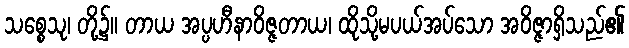
သစ္စေသု၊ တို့၌။ တာယ အပ္ပဟီနာဝိဇ္ဇတာယ၊ ထိုသို့မပယ်အပ်သော အဝိဇ္ဇာရှိသည်၏